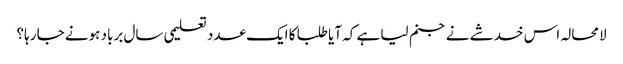
لامحالہ اس خدشے نے جنم لیا ہے کہ آیا طلبا کا ایک عدد تعلیمی سال برباد ہونے جا رہا؟